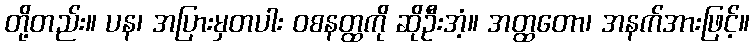
တို့တည်း။ ပန၊ အပြားမှတပါး ဝစနတ္ထကို ဆိုဦးအံ့။ အတ္ထတော၊ အနက်အားဖြင့်။